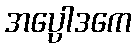
အပ္ပေါဒကေ